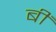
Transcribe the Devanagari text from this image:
बीं